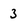
Character: 3